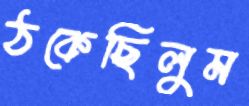
ঠকেছিলুম